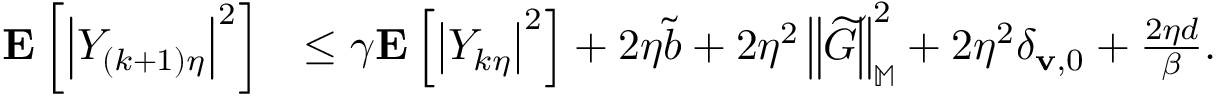
\begin{array} { r l } { \mathbf { E } \left[ \left| Y _ { ( k + 1 ) \eta } \right| ^ { 2 } \right] } & { \le \gamma \mathbf { E } \left[ \left| Y _ { k \eta } \right| ^ { 2 } \right] + 2 \eta \Tilde { b } + 2 \eta ^ { 2 } \left\| \widetilde { G } \right\| _ { \mathbb { M } } ^ { 2 } + 2 \eta ^ { 2 } \delta _ { \mathbf { v } , 0 } + \frac { 2 \eta d } { \beta } . } \end{array}